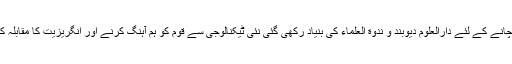
ملک کے مسلمانو کو مغربی تہذیب و دہریت سے بچانے کے لئے دارالعلوم دیوبند و ندوة العلماء کی بنیاد رکھی گئی نئی ٹیکنالوجی سے قوم کو ہم آہنگ کرنے اور انگریزیت کا مقابلہ کرنے کے لئے علی گڑھ مسلم یونیورسٹی کا قیام ہوا۔